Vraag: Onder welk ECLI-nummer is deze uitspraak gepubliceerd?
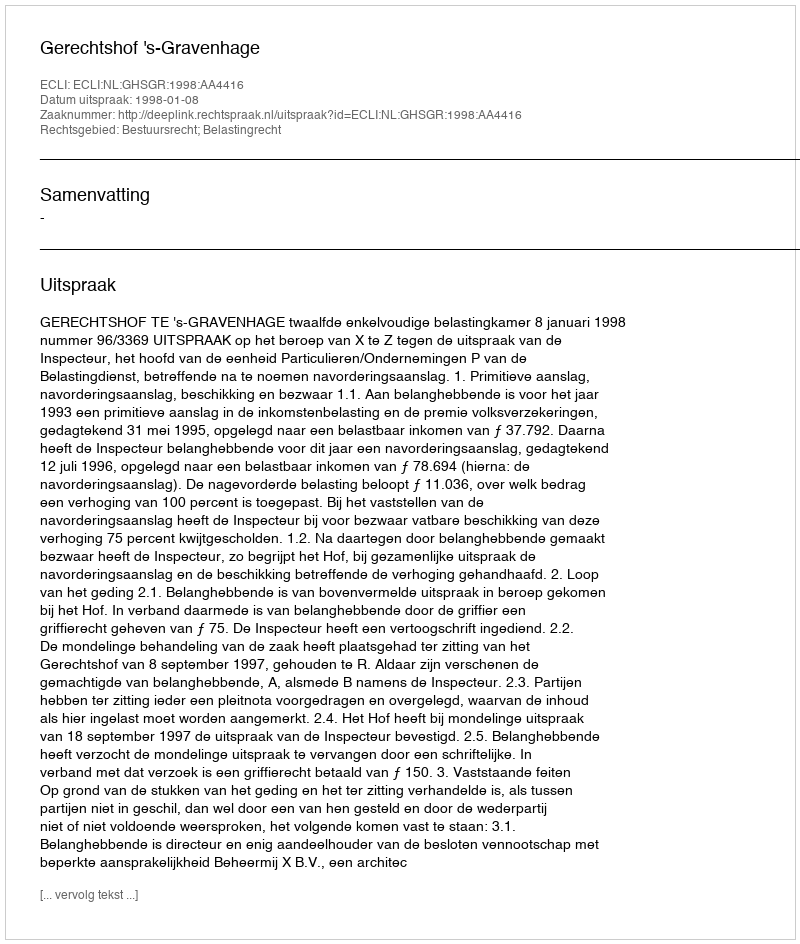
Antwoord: ECLI:NL:GHSGR:1998:AA4416